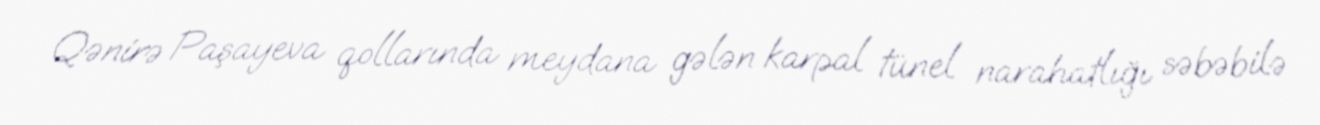
Qənirə Paşayeva qollarında meydana gələn karpal tünel narahatlığı səbəbilə